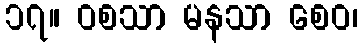
၁၇။ ဝစသာ မနသာ စေဝ၊